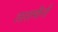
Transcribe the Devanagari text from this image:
तारामीनों